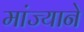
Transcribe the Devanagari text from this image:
मांज्याने